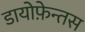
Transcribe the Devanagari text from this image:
डायोफ़ेन्तस